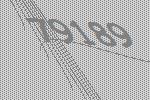
79189